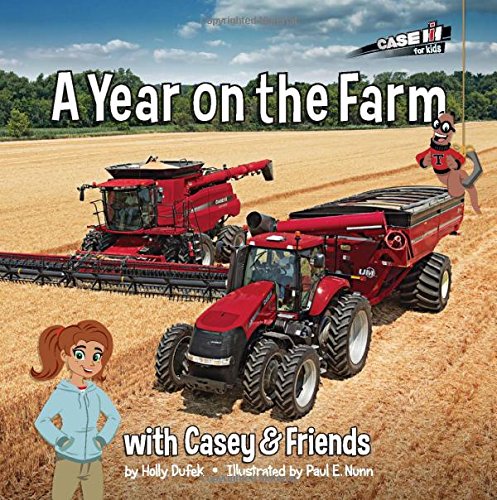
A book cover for A Year on the Farm  (Casey and Friends); Holly Dufek; Children's Books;